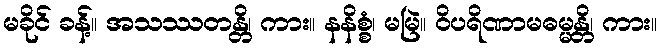
မခိုင် ခန့်။ အသဿတန္တိ၊ ကား။ နနိစ္စံ၊ မမြဲ။ ဝိပရိဏာမဓမ္မန္တိ၊ ကား။